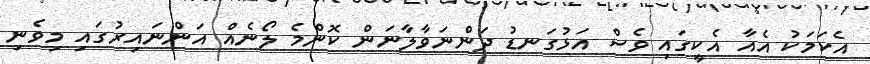
އެކަމަކު އެއާ އެކީގައި ވެސް އަޅުގަނޑު ދަންނަވާލާނަން ކޮންމެ ލޯނެއް އަންނައިރުގައި މިވެނި